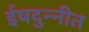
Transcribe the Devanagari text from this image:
ईषदुन्नीत